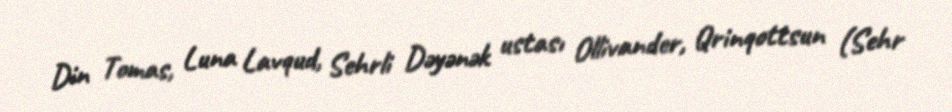
Din Tomas, Luna Lavqud, Sehrli Dəyənək ustası Ollivander, Qrinqottsun (Sehr